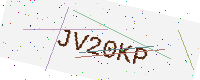
Text: JV20KP